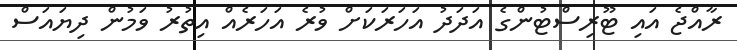
ރާއްޖެ އައި ޓޫރިސްޓުންގެ އަދަދު އަހަރަކަށް ވުރެ އަހަރެއް އިތުރު ވަމުން ދިޔައަސް